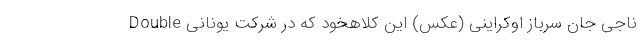
ناجی جان سرباز اوکراینی (عکس) این کلاهخود که در شرکت یونانی Double